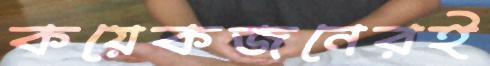
কয়েকজনেরই